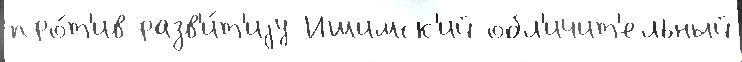
про́т'ив разв'и́т'иjу Ишимск'ий обл'ичит'ельный